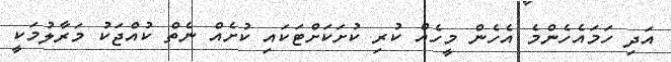
އަދި ހަމައެހެންމެ އެހެން މީހެއް ކުރި ކުށަކަށްޓަކައި ކުށެއް ނެތް ކުއްޖަކު މަރާލުމަކީ